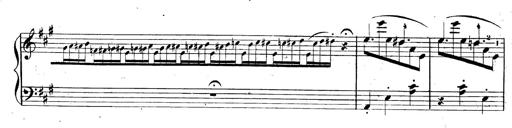
Title: 3 Caprices-Valses
Composer: Franz Liszt